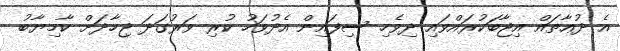
އެ ދުޢާތައް އިޖާބަކުރައްވައި ދިވެހި ސިފައިން އެދުވަހު ކުރި ވަރުގަދަ ޖިހާދަށް ކާމިޔާބު